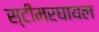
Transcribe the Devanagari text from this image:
स्टीमरघायल